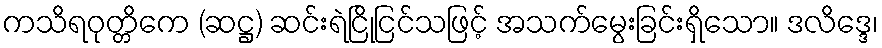
ကသိရဝုတ္တိကေ (ဆဋ္ဌ) ဆင်းရဲငြိုငြင်သဖြင့် အသက်မွေးခြင်းရှိသော။ ဒလိဒ္ဒေ၊